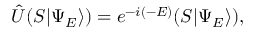
\hat { U } ( { \cal S } | \Psi _ { E } \rangle ) = e ^ { - i ( - E ) } ( { \cal S } | \Psi _ { E } \rangle ) ,